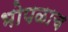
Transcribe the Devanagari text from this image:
भोपळाच